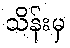
သိန်းမှ